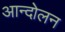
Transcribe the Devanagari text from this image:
अान्दोलन